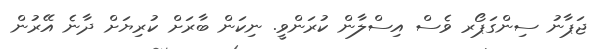
ޖަޕާނު ސިންގަޕޯރ ވެސް އިސްލާން ކުރަންވީ. ނިކަން ބާރަށް ކުރިޔަށް ދާނެ އޭރުން